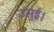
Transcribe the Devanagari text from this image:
उसुई।